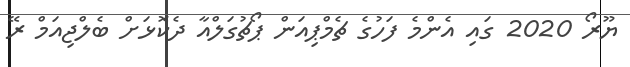
ޔޫރޯ 2020 ގައި އެންމެ ފަހުގެ ޗެމްޕިއަން ޕޯޗުގަލްއާ ދެކޮޅަށް ބެލްޖިއަމް ރޭ